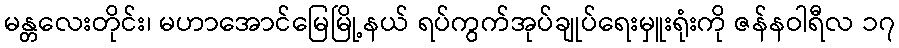
မန္တလေးတိုင်း၊ မဟာအောင်မြေမြို့နယ် ရပ်ကွက်အုပ်ချုပ်ရေးမှူးရုံးကို ဇန်နဝါရီလ ၁၇